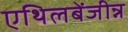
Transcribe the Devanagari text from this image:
एथिलबेंजीन्न